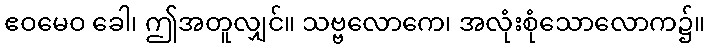
ဧဝမေဝ ခေါ၊ ဤအတူလျှင်။ သဗ္ဗလောကေ၊ အလုံးစုံသောလောက၌။